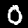
Digit: 0